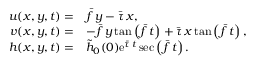
\begin{array} { r l } { u ( x , y , t ) = } & { \bar { f } \, y - \bar { \tau } \, x , } \\ { v ( x , y , t ) = } & { - \bar { f } \, y \, \mathrm { t a n } \left( \bar { f } \, t \right) + \bar { \tau } \, x \, \mathrm { t a n } \left( \bar { f } \, t \right) , } \\ { h ( x , y , t ) = } & { \tilde { h } _ { 0 } ( 0 ) \mathrm { e } ^ { \bar { \tau } \, t } \sec \left( \bar { f } \, t \right) . } \end{array}